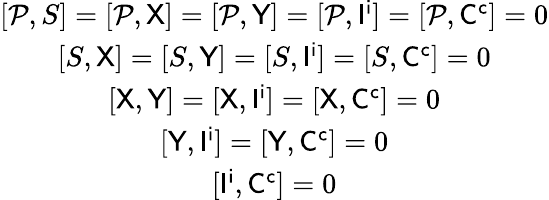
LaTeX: \begin{array}{c}{{[{\cal P},S]=[{\cal P},{\sf X}]=[{\cal P},{\sf Y}]=[{\cal P},{\sf I}^{\sf i}]=[{\cal P},{\sf C}^{\sf c}]=0}}\\ {{[S,{\sf X}]=[S,{\sf Y}]=[S,{\sf I}^{\sf i}]=[S,{\sf C}^{\sf c}]=0}}\\ {{[{\sf X},{\sf Y}]=[{\sf X},{\sf I}^{\sf i}]=[{\sf X},{\sf C}^{\sf c}]=0}}\\ {{[{\sf Y},{\sf I}^{\sf i}]=[{\sf Y},{\sf C}^{\sf c}]=0}}\\ {{[{\sf I}^{\sf i},{\sf C}^{\sf c}]=0}}\end{array}